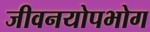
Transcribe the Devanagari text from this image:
जीवनयोपभोग